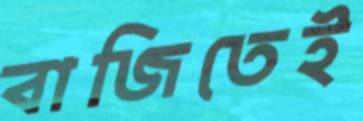
বাজিতেই